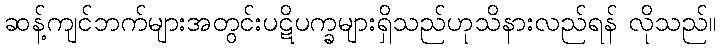
ဆန့်ကျင်ဘက်များအတွင်းပဋိပက္ခများရှိသည်ဟုသိနားလည်ရန် လိုသည်။